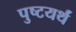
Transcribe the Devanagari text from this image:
पुष्टयर्थं